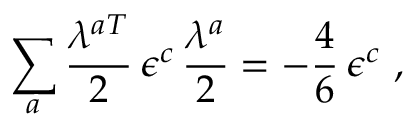
\sum _ { a } \frac { \lambda ^ { a T } } 2 \, \epsilon ^ { c } \, \frac { \lambda ^ { a } } 2 = - \frac 4 6 \, \epsilon ^ { c } \, \, ,